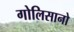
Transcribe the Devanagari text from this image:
गोलिसानो